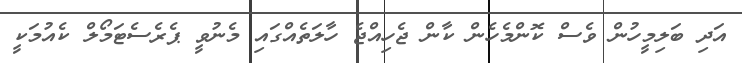
އަދި ބަލިމީހުން ވެސް ކޮންމެހެން ކާން ޖެހިއްޖެ ހާލަތެއްގައި މެނުވީ ޕެރެސެޓަމޯލް ކެއުމަކީ